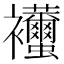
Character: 𧟚